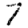
Digit: 7